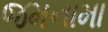
જમનામા